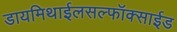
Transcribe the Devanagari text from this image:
डायमिथाईलसल्फॉक्साईड